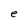
Character: e